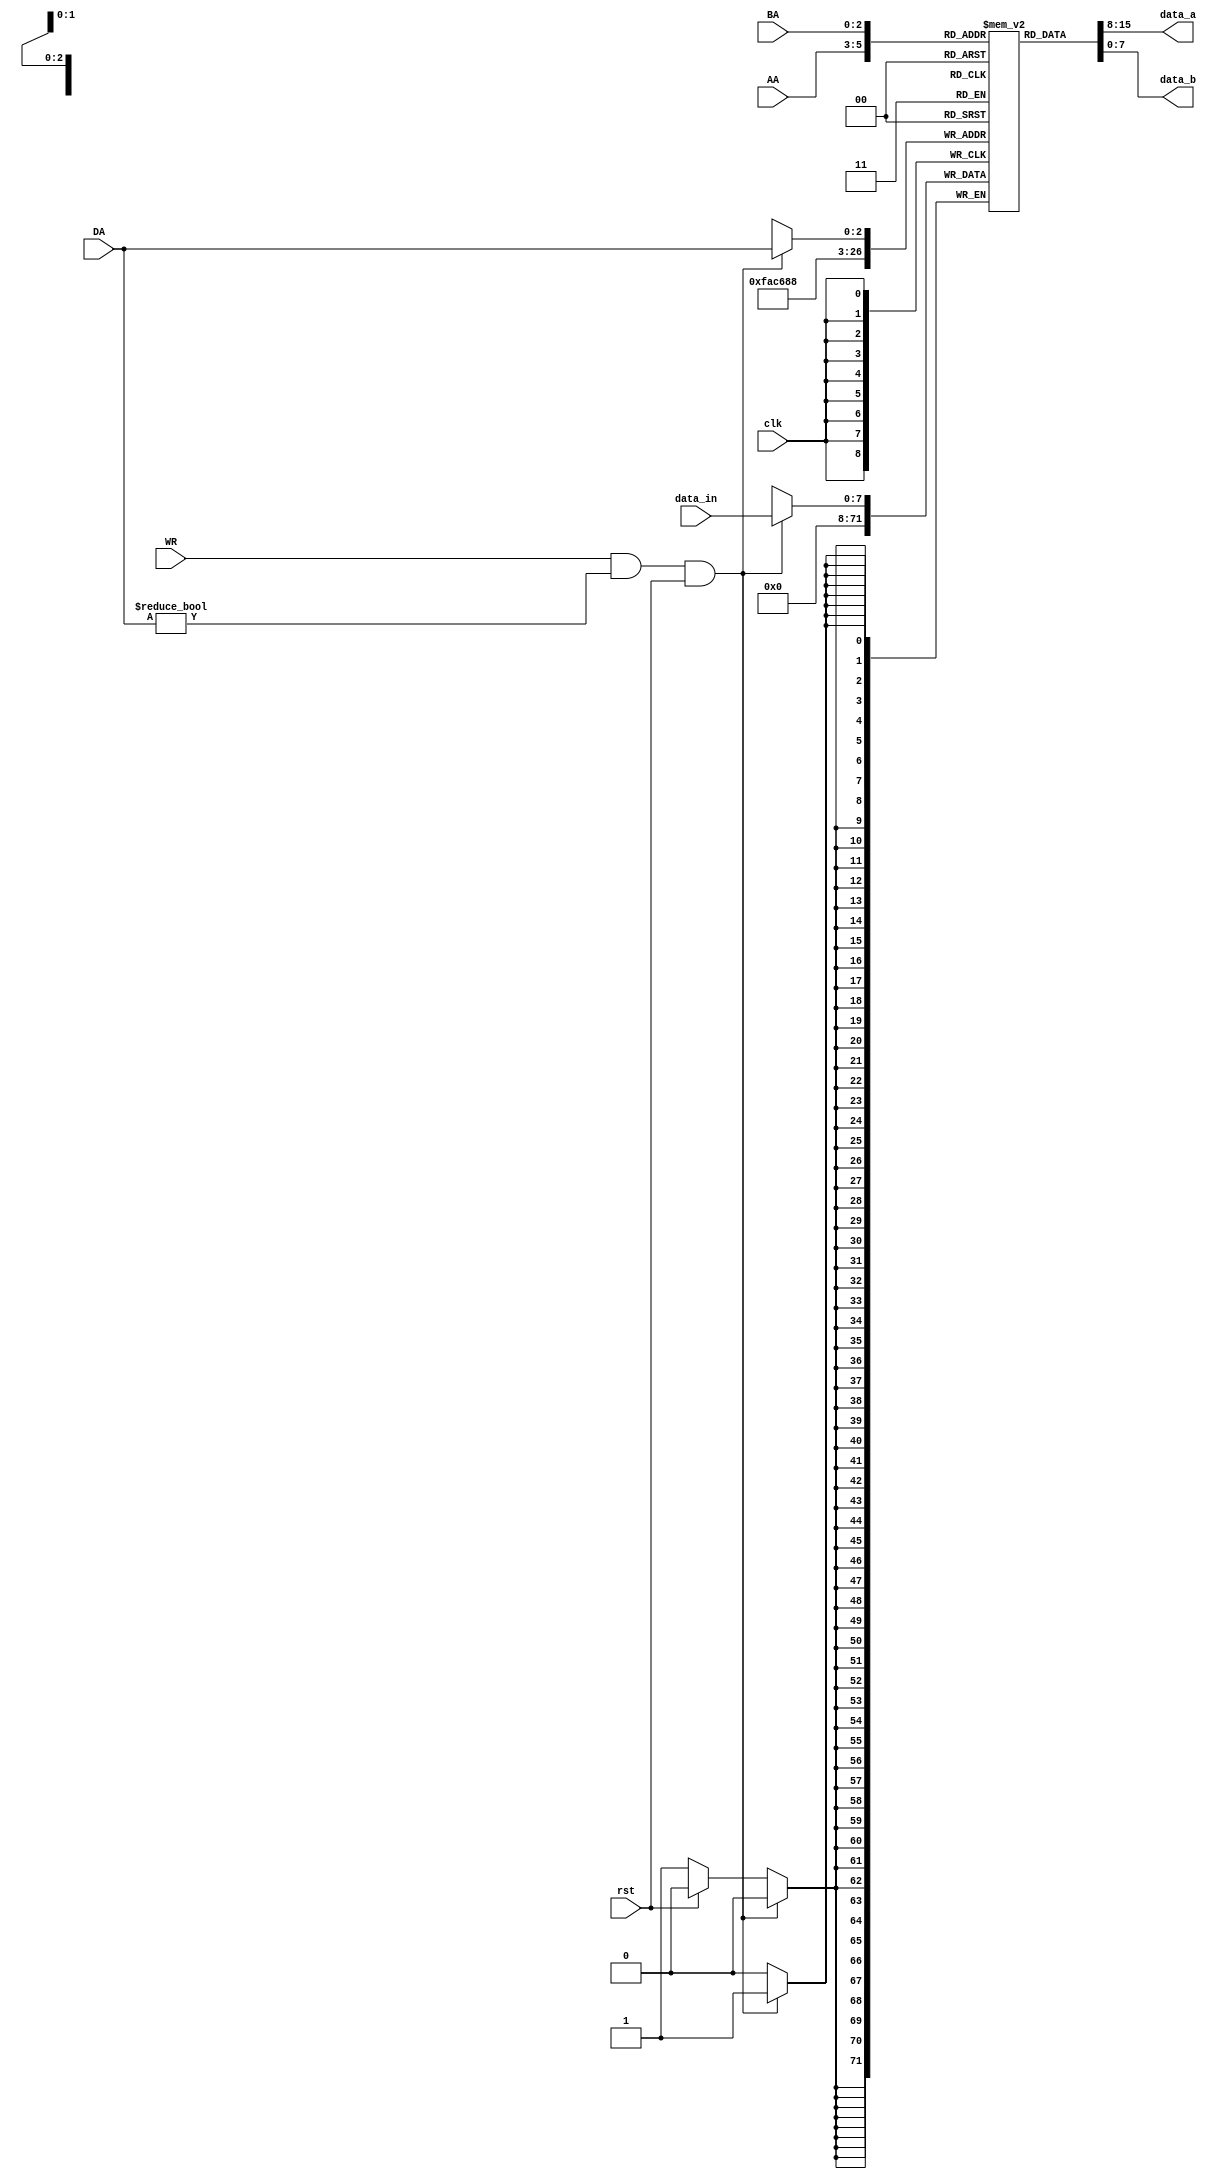
module register(
	input [REG_ADDRESS_SIZE - 1:0] AA, // Address of Register A
	input [REG_ADDRESS_SIZE - 1:0] BA, // Address of Register B
	input [REG_ADDRESS_SIZE - 1:0] DA, // Data_In Port Register
	input [REG_DATA_WIDTH - 1:0] data_in,
	input WR, // Read-Write Flag, WR == 1 is write, WR == 0 is read
	input clk,
	input rst, // Active Low
	output [REG_DATA_WIDTH - 1:0] data_a,
	output [REG_DATA_WIDTH - 1:0] data_b
);

	parameter REG_ADDRESS_SIZE = 3;
	parameter REG_SIZE = 8;
	parameter REG_DATA_WIDTH = 8;

	integer i; // for looping

	// Internal Variables
	reg [REG_DATA_WIDTH-1:0] regFile [REG_SIZE-1:0];

	
	initial begin
		regFile[0] <= 'b0; // Assigns R0 as 0.
	end
	
	// Register Logic
	always @ (posedge clk) // Write on the positive edge
	begin
		#3; // Is needed for making it write without a 1 clock delay (how to prevent this in the future without this?)
		if(WR == 1 && DA != 3'b000 && rst == 1) // Write Operation | Prevents R0 being written to
		begin
			  regFile[DA] <= data_in; // Writes the data_in into the data address (DA) 
		end
		else if (rst == 0)
		begin
			for (i = 0 ; i < REG_SIZE; i = i + 1) 
			begin
				regFile[i] <= 0;
			end
		end
	
	end
	
	assign data_a = regFile[AA];
	assign data_b = regFile[BA];
	
	
	
	
endmodule